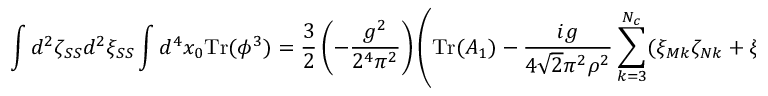
\int d ^ { 2 } \zeta _ { S S } d ^ { 2 } \xi _ { S S } \int d ^ { 4 } x _ { 0 } \mathrm { T r } ( \phi ^ { 3 } ) = \frac { 3 } { 2 } \left( - \frac { g ^ { 2 } } { 2 ^ { 4 } \pi ^ { 2 } } \right) \left( \mathrm { T r } ( A _ { 1 } ) - \frac { i g } { 4 \sqrt { 2 } \pi ^ { 2 } \rho ^ { 2 } } \sum _ { k = 3 } ^ { N _ { c } } ( \xi _ { M k } \zeta _ { N k } + \xi _ { N k } \zeta _ { M k } ) \right) .